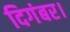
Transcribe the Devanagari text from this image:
दिगंबर।